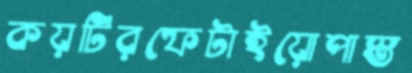
কয়টিরফেটাইয়োপাস্ত